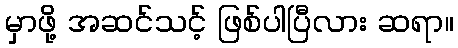
မှာဖို့ အဆင်သင့် ဖြစ်ပါပြီလား ဆရာ။